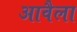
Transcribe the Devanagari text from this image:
आवैला